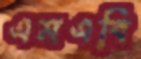
এমএবি